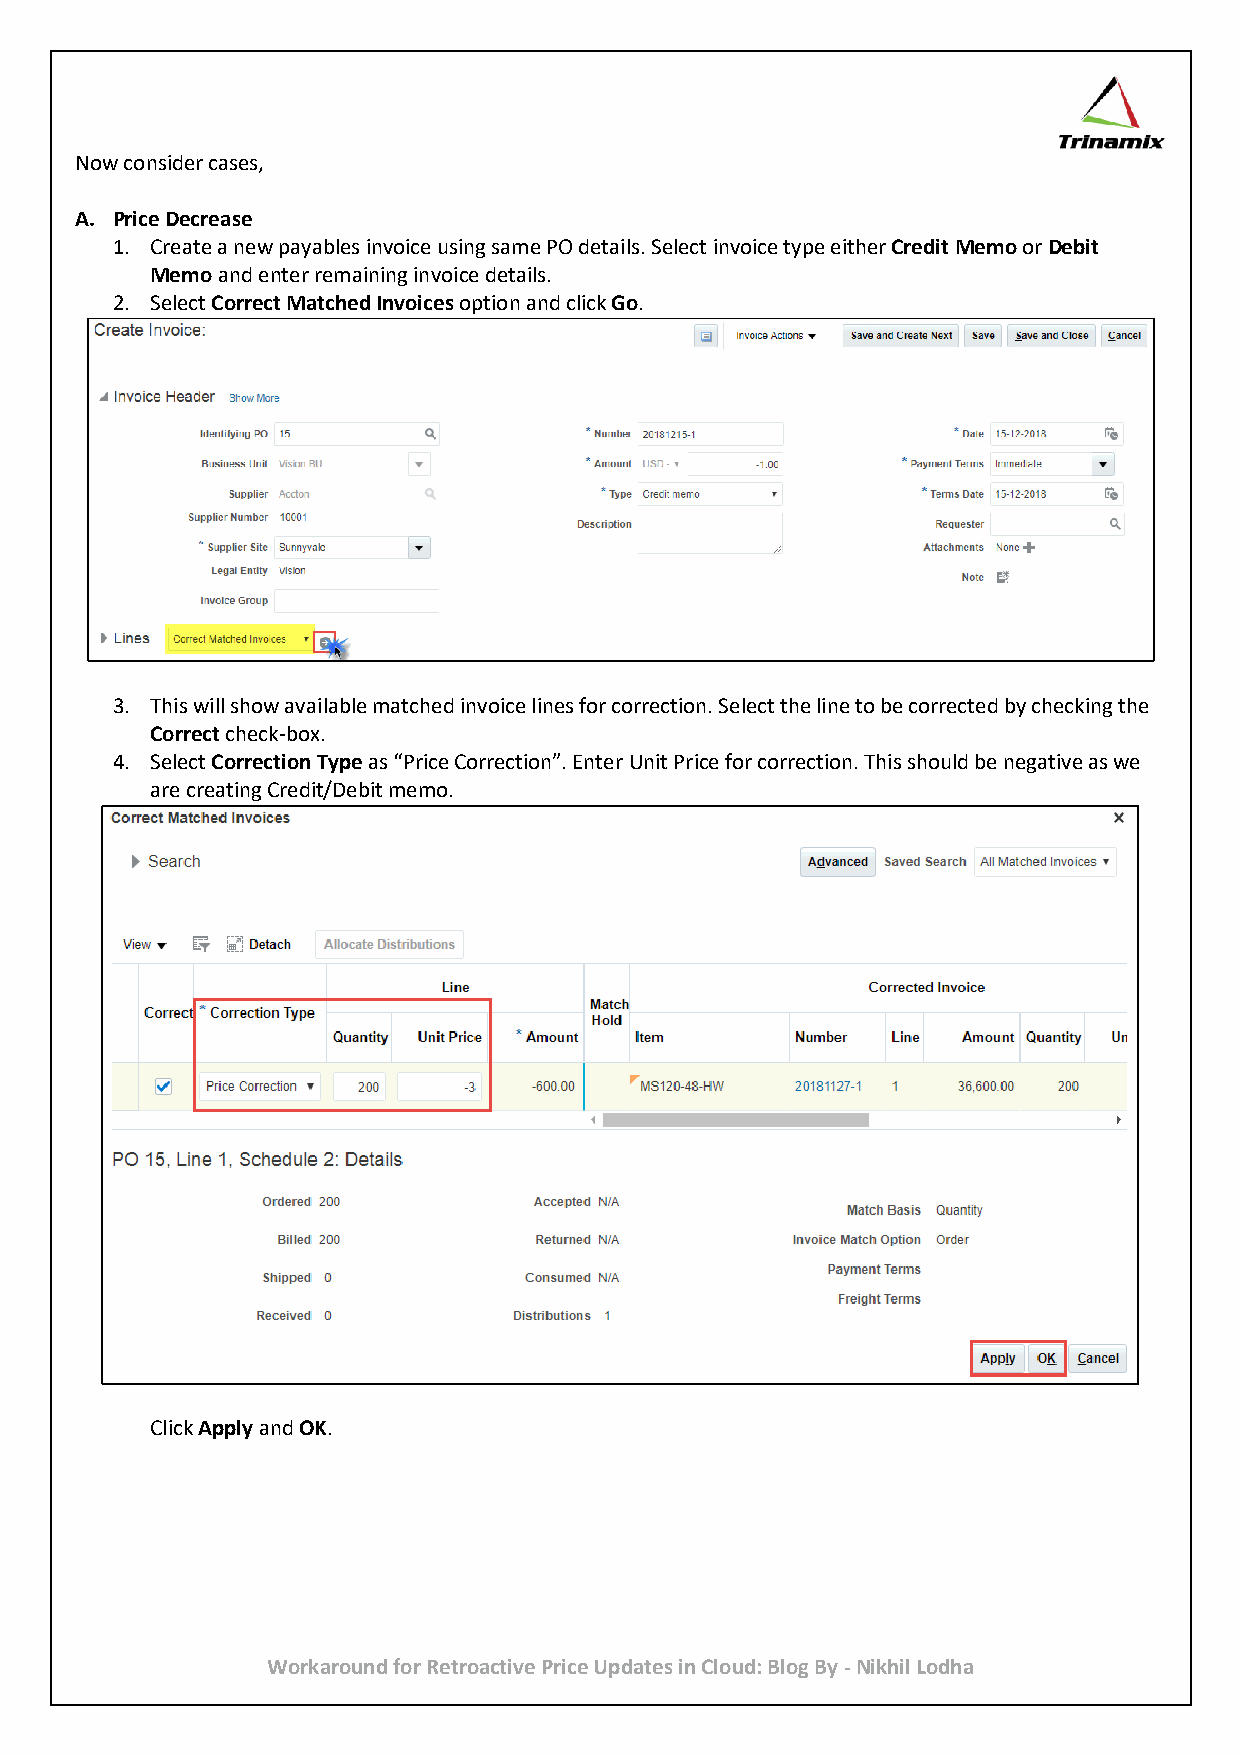
Now consider cases,
 A. Price Decrease
 1. Create a new payables invoice using same PO details. Select invoice type either Credit Memo or Debit
 Memo and enter remaining invoice details.
 2. Select Correct Matched Invoices option and click Go.
 3. This will show available matched invoice lines for correction. Select the line to be corrected by checking the
 Correct check-box.
 4. Select Correction Type as “Price Correction”. Enter Unit Price for correction. This should be negative as we
 are creating Credit/Debit memo.
 Click Apply and OK.
 Workaround for Retroactive Price Updates in Cloud: Blog By - Nikhil Lodha